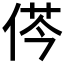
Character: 𠉾